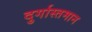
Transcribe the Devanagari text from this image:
दुर्गास्तमान